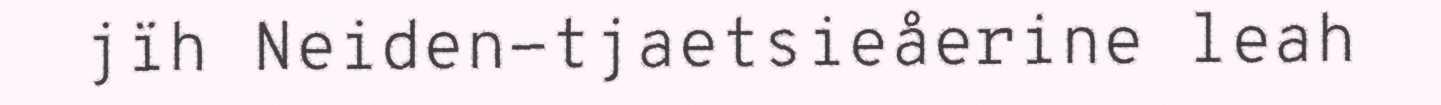
jïh Neiden-tjaetsieåerine leah